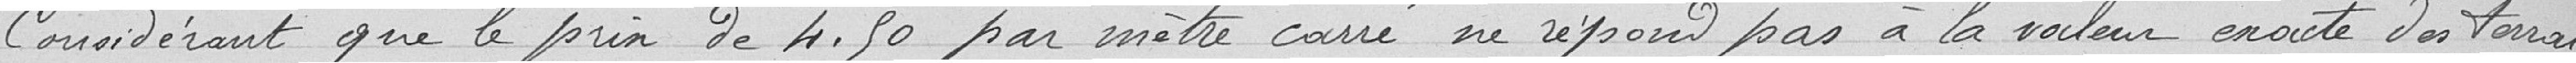
Considérant que le prix de 4.50 par mètre carré ne répond par à la valeur exacte des terrains